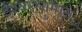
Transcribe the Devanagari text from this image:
ईश्वरानुमान